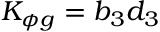
K _ { \phi g } = b _ { 3 } d _ { 3 }